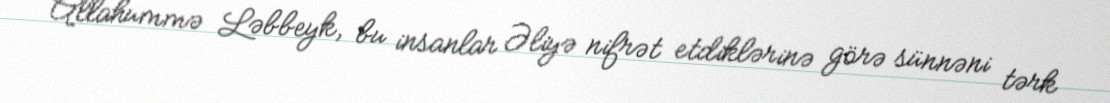
Allahummə Ləbbeyk, bu insanlar Əliyə nifrət etdiklərinə görə sünnəni tərk